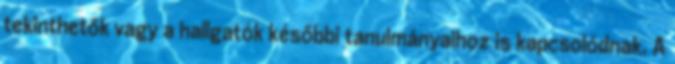
tekinthetők vagy a hallgatók későbbi tanulmányaihoz is kapcsolódnak. A